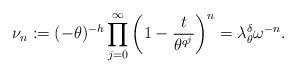
LaTeX: \begin{align*}\nu_n:=(-\theta)^{-h}\prod_{j=0}^\infty \left(1-\frac{t}{\theta^{q^j}}\right)^{n}=\lambda_\theta^{\delta} \omega^{-n}.\end{align*}